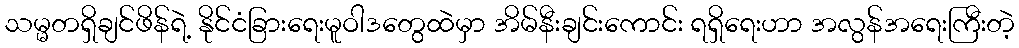
သမ္မတရှိချင်ဖိန်ရဲ့ နိုင်ငံခြားရေးမူဝါဒတွေထဲမှာ အိမ်နီးချင်းကောင်း ရရှိရေးဟာ အလွန်အရေးကြီးတဲ့